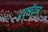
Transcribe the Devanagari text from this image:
ट्रासेंट्रल